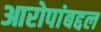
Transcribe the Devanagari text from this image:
आरोपांबद्दल